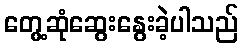
တွေ့ဆုံဆွေးနွေးခဲ့ပါသည်